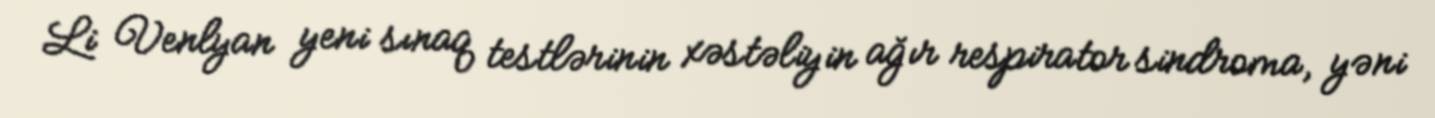
Li Venlyan yeni sınaq testlərinin xəstəliyin ağır respirator sindroma, yəni